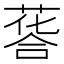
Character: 𦷌